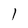
Character: 1